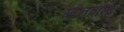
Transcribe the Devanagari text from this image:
मानवाना